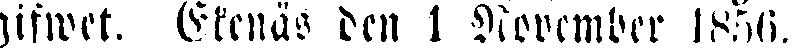
gifwet. Ekenäs den 1 November 1856.